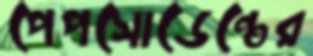
পেপসোডেন্টের